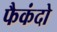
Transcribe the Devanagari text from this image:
फैकंदो